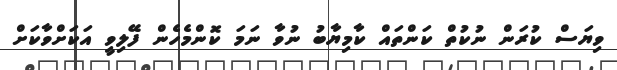
ވިޔަސް ކުރަން ނުކުތް ކަންތައް ކާމިޔާބު ނުވާ ނަމަ ކޮންމެހެން ފޭލިވީ އަކަށްވާކަށް